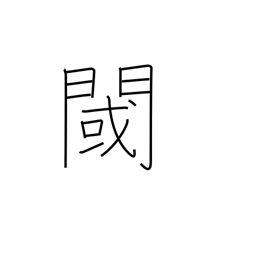
Meaning: threshold